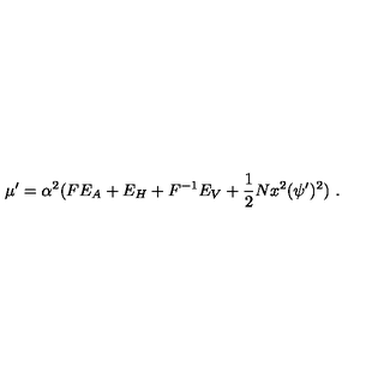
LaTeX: \mu ^ { \prime } = \alpha ^ { 2 } ( F E _ { A } + E _ { H } + F ^ { - 1 } E _ { V } + { \frac { 1 } { 2 } } N x ^ { 2 } ( \psi ^ { \prime } ) ^ { 2 } ) \ .